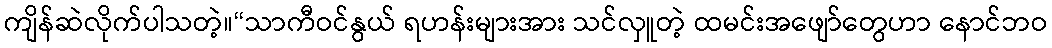
ကျိန်ဆဲလိုက်ပါသတဲ့။“သာကီဝင်နွယ် ရဟန်းများအား သင်လှူတဲ့ ထမင်းအဖျော်တွေဟာ နောင်ဘဝ